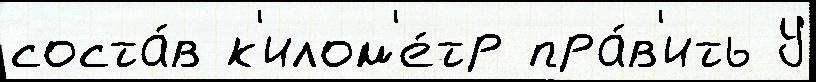
соста́в к'илом'е́тр пра́в'ить У